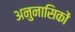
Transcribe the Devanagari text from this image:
अनुनासिकों